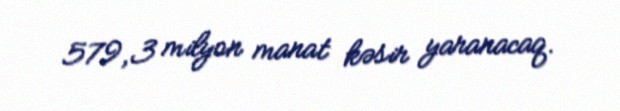
579,3 milyon manat kəsir yaranacaq.